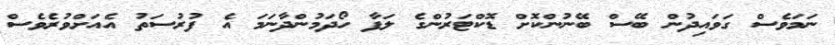
ނަމަވެސް ގަވައިދުން ބޭސް ބޭނުންކޮށް ޑޮކްޓަރުންގެ ލަފާ ހޯދަމުންދާނަަމަ އެ ފުރުސަތު އެއަށްވުރެވެސް